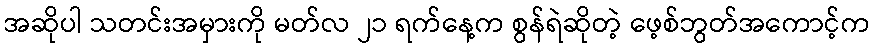
အဆိုပါ သတင်းအမှားကို မတ်လ ၂၁ ရက်နေ့က စွန်ရဲဆိုတဲ့ ဖေ့စ်ဘွတ်အကောင့်က